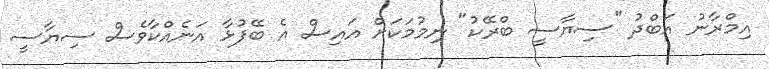
އިމްރާނު އަބްދު "ސިޔާސީ ބްރޭކު" ނިމުމަކަށް އައިސް އެ ބޭފުޅާ އަނެއްކާވެސް ސިޔާސީ